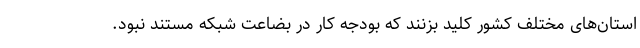
استان‌های مختلف کشور کلید بزنند که بودجه کار در بضاعت شبکه مستند نبود.